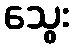
သွေး